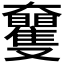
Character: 𡚠